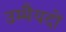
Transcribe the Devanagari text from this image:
उम्मैयदों